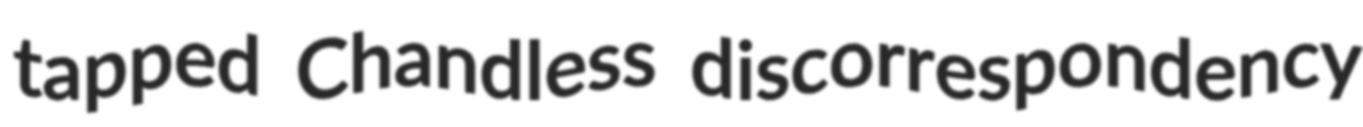
tapped Chandless discorrespondency